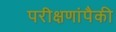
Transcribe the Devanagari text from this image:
परीक्षणांपैकी